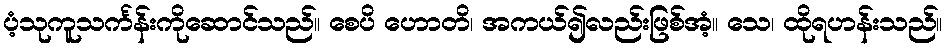
ပံ့သုကူသင်္ကန်းကိုဆောင်သည်။ စေပိ ဟောတိ၊ အကယ်၍လည်းဖြစ်အံ့။ သေ၊ ထိုရဟန်းသည်။